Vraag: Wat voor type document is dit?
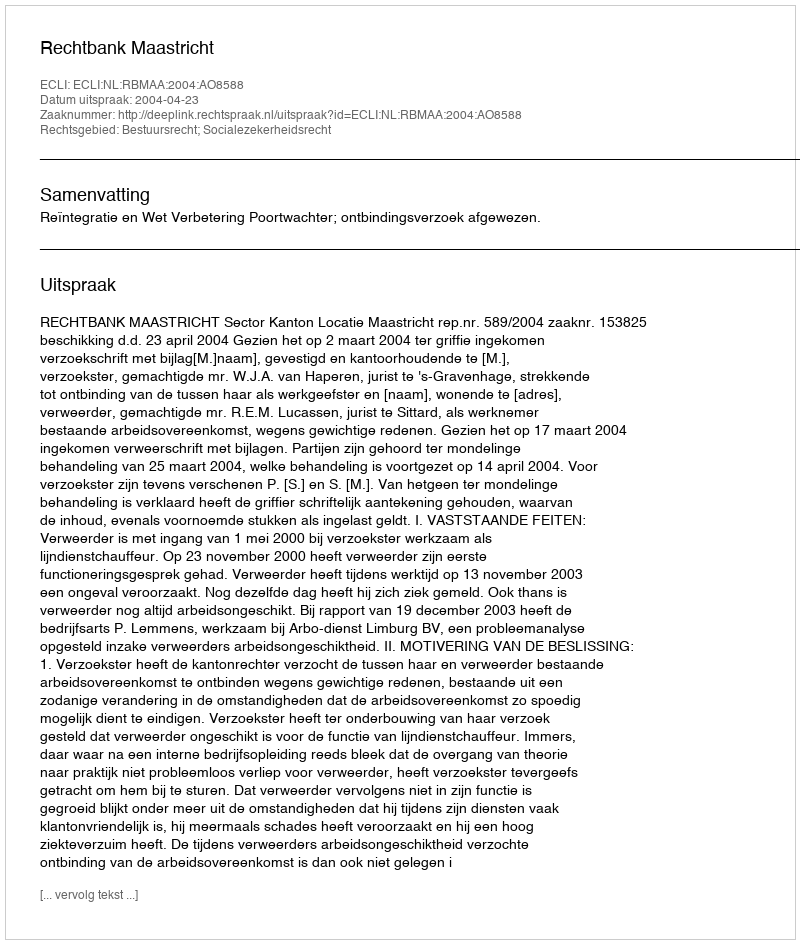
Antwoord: Uitspraak